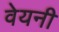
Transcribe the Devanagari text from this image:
वेयनी